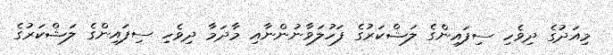
މިއަދުގެ ދިވެހި ސިފައިންގެ ލަޝްކަރުގެ ފަހުލަވާނުންނާއި މާދަމާ ދިވެހި ސިފައިންގެ ލަޝްކަރުގެ